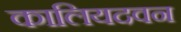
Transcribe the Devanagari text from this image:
कालियदवन